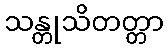
သန္တုသိတတ္တာ